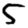
Digit: 5